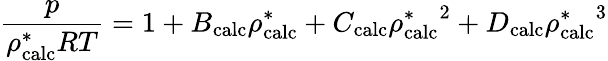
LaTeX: \frac{p}{\rho_{\mathrm{calc}}^{*}RT}=1+B_{\mathrm{calc}}\rho_{\mathrm{calc}}^{*}+C_{\mathrm{calc}}{\rho_{\mathrm{calc}}^{*}}^{2}+D_{\mathrm{calc}}{\rho_{\mathrm{calc}}^{*}}^{3}